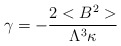
\begin{align*}\gamma = - \frac{2<B^2>}{\Lambda^3 \kappa}\end{align*}